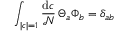
\int _ { | c | = 1 } \frac { \mathrm { d } c } { \mathcal { N } } \, \Theta _ { a } \Phi _ { b } = \delta _ { a b }